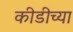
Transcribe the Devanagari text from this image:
कीडीच्या